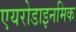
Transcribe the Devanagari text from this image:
एयरोडाइनमिक